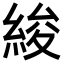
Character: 𦀷